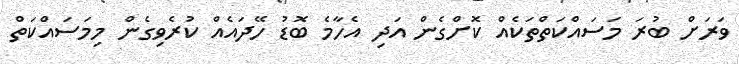
ވަރަށް ބުރަ މަަސައްކަތްތަކެއް ކޮށްގެން އަދި އެހާމެ ބޮޑު ހޭދައެއް ކުރެވިގެން މިމަަސައްކަތް